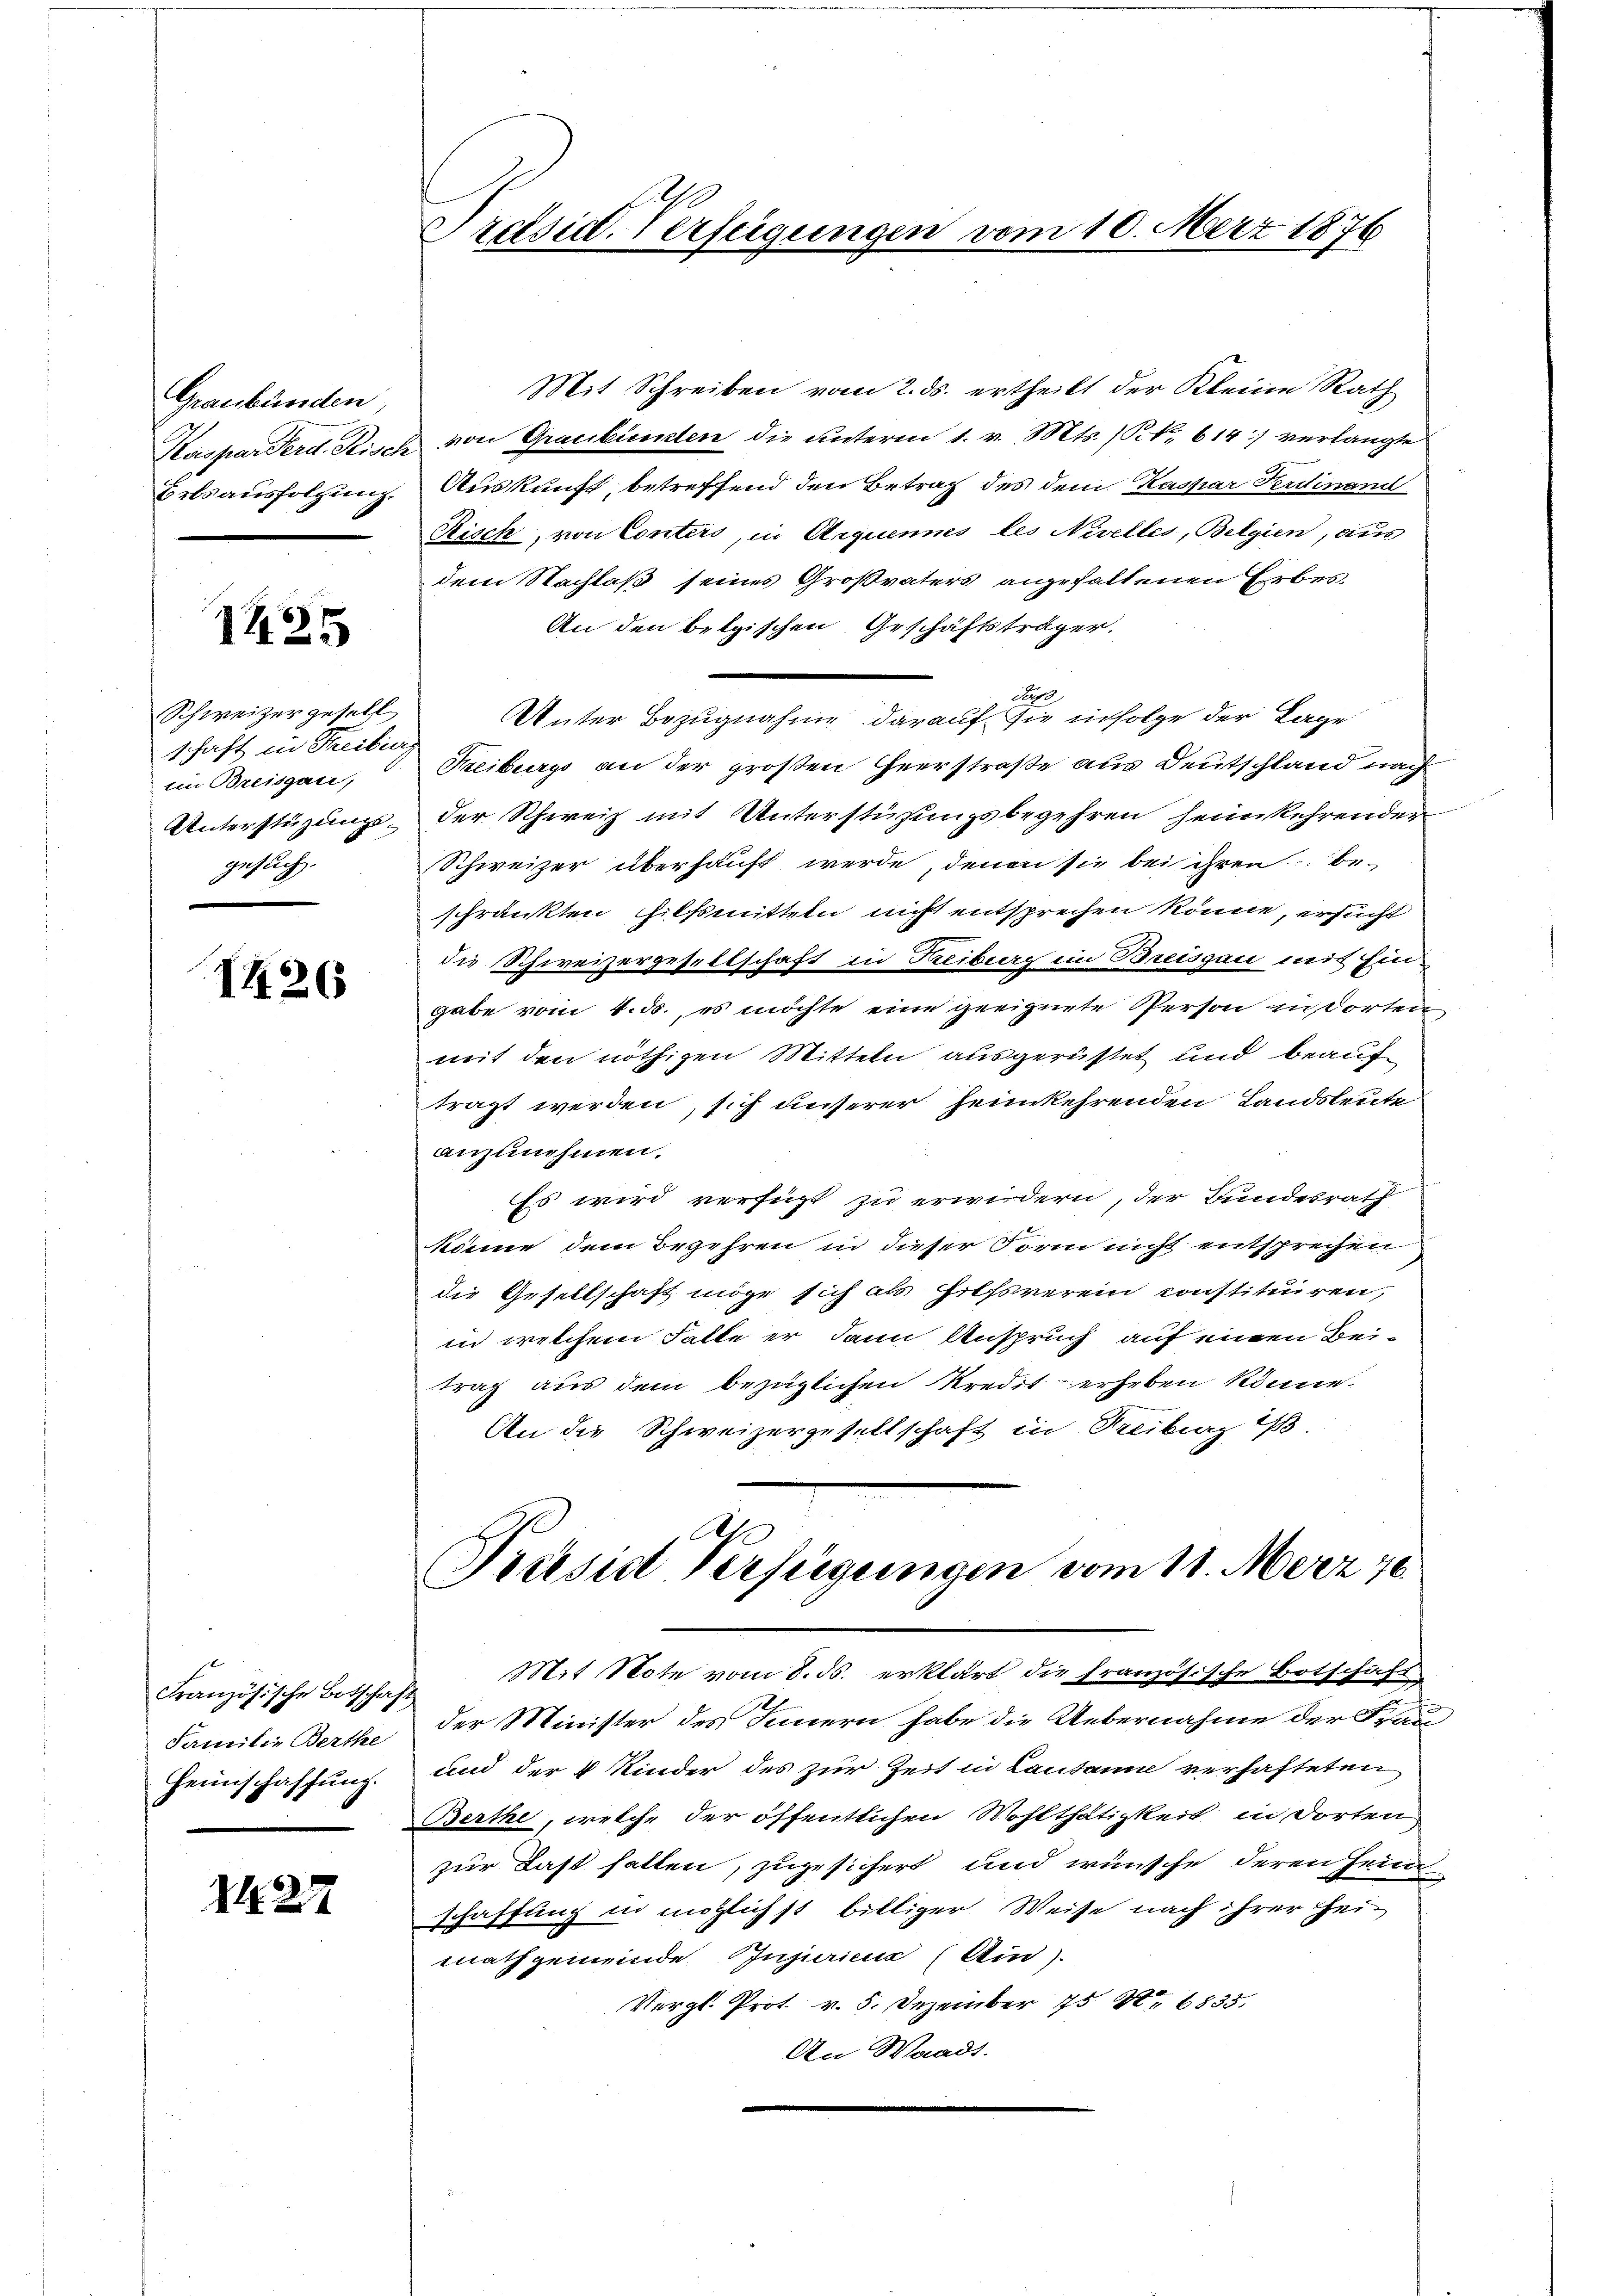
Graubünden,
Erlsausfolgung.

1425

Schweizergesell
schaft in Theiling
im Breisgau,
Unterstüzungsgesuch.

I426

Französische Botschaft
Familie Berthe
Heimschaffung.

2129

Präsid. Verfügungen vom 10. März 1876

Mit Schreiben vom 2. ds. ertheilt der Kleine Rath
Kaspar Ferd. Fisch von Graubünden die unterm 1. v. Mts. (Frk. 614) verlangte
Auskunft, betreffend den Betrag des dem Kaspar Ferdinand
Risch, von Conters, in Aequennes les Nivelles, Belgien, aus
dem Nachlaß seines Großvaters angehaltenen Erbes¬
An den belgischen Geschäftsträger.
Nef
Unter Bezugnahme darauf sie infolge der Lage
Freiburgs an der großen Heerstraße aus Deutschland nach
der Schweiz mit Unterstüzungsbegehren heimkehrender
Schweizer überhauft werde, denen sie bei ihren be-
schränkten hilfsmitteln nicht entsprechen könne, ersucht
die Schweizergesellschaft in Kreiburg im Breisgau mit Eingabe vom 4. ds., es möchte eine geeignete Person insorten
mit den nöthigen Mitteln ausgerüstet und beauf
tragt werden, sich unserer heimkehrenden Landsleute
anzunehmen.
Es wird verfügt zu erwidern, der Bundesrath
könne dem Begehren in dieser Form nicht entsprechen
die Gesellschaft möge sich als hilfsverein constituiren,
in welchem Falle er dann Anspruch auf einen Beitrag aus dem bezüglichen Kredit erheben könne.
An die Schweizergesellschaft in Treiburg i.
.
Präsid Verfügungen vom 11. März 18
Mit Note vom 8. ds. erklärt die französische Botschaft
der Minister des Innern habe die Uebernahme der Frau¬
und der 4 Kinder des zur Zeit in Lausanne verhafteten
Berthe, welche der öffentlichen Wohlthätigkeit in dorten
zur Last halten, zugesichert und wünsche deren Heima
schaffung in möglichst billiger Weise nach ihrer heimathgemeinde Injuricus (Au
Vergl. Prot. v. 5. Dezember 75 S. 6835.
An Waadt.

e